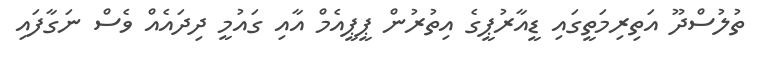
ތުލުސްދޫ އަތިރިމަތީގައި ޑީއާރުޕީގެ އިތުރުން ޕީޕީއެމް އާއި ގައުމީ ދިދައެއް ވެސް ނަގާފައި